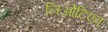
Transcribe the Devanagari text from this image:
लिओटिएव